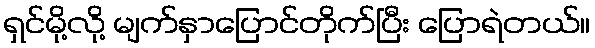
ရှင်မို့လို့ မျက်နှာပြောင်တိုက်ပြီး ပြောရဲတယ်။